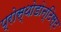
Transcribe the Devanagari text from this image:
प्रोस्थोडोन्टिस्ट